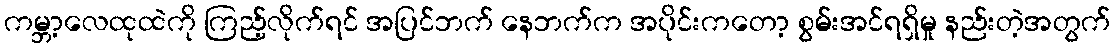
ကမ္ဘာ့လေထုထဲကို ကြည့်လိုက်ရင် အပြင်ဘက် နေဘက်က အပိုင်းကတော့ စွမ်းအင်ရရှိမှု နည်းတဲ့အတွက်